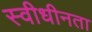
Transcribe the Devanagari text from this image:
स्वीधीनता